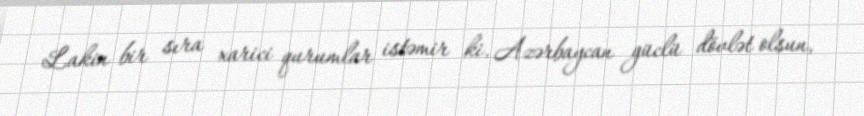
Lakin bir sıra xarici qurumlar istəmir ki, Azərbaycan güclü dövlət olsun,